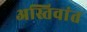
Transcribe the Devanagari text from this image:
अस्तिवांत